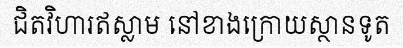
ជិតវិហារឥស្លាម នៅខាងក្រោយស្ថានទូត